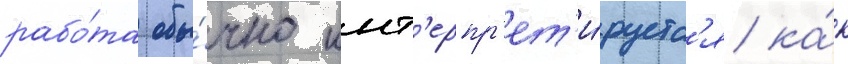
рабо́та обы́чно инт'ерпр'ет'и́руетс'я ка́к